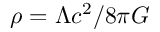
\rho = \Lambda c ^ { 2 } / 8 \pi G